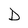
Character: D